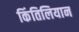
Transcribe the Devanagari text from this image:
किंतिलियान